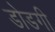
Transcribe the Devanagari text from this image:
डोडगी